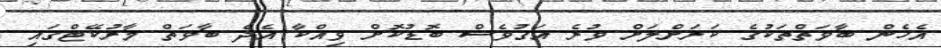
އެހެން ބާވަތްތަކުގެ ކަރަށްލަށް ވުރެ އަގުވެސް ބޮޑުކޮށް ވިއްކާ އެދެ ބާވަތް މާރުކޭޓްގައި